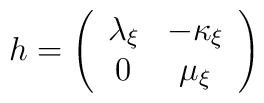
h=\left( \begin{array}{cc}\lambda _{\xi } & -\kappa _{\xi }\\0 & \mu _{\xi }\end{array}\right)